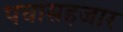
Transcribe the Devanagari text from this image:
पचासहजार